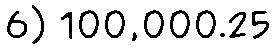
6) 100,000.25